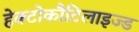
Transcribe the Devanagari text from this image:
हेक्टोकौटिलाइज्ड